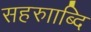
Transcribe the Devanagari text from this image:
सहरुााब्दि